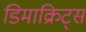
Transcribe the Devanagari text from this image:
डिमाक्रिट्स